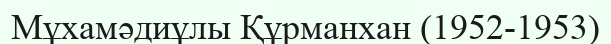
Мұхамәдиұлы Құрманхан (1952-1953)